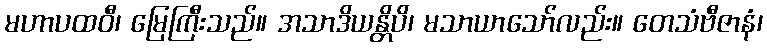
မဟာပထဝီ၊ မြေကြီးသည်။ အသာဒိယန္တိပိ၊ မသာယာသော်လည်း။ တေသံဗီဇာနံ၊